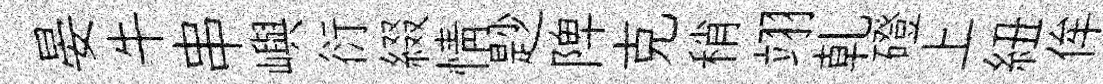
晏牛串嶼衍綴情尟陴克稍翊乹磴上紐侔